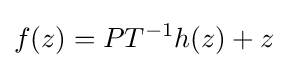
\displaystyle f(z)=PT^{-1}h(z)+z